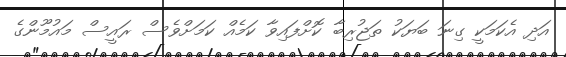
އަދި އެކަމަކީ ގިނަ ބަޔަކު ތަޖުރިބާ ކޮށްފައިވާ ކަމެއް ކަމަށްވެސް ރައީސް މައުމޫންގެ